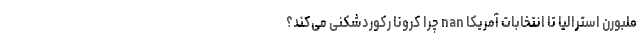
ملبورن استرالیا تا انتخابات آمریکا nan چرا کرونا رکوردشکنی می‌کند؟